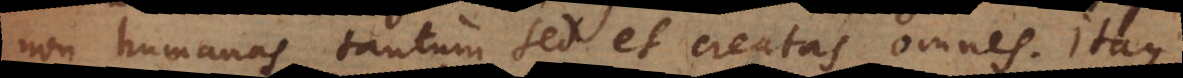
non humanas tantum sed et creatas omnes. Itaque